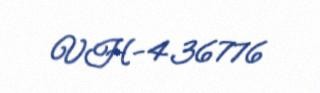
VH-436776